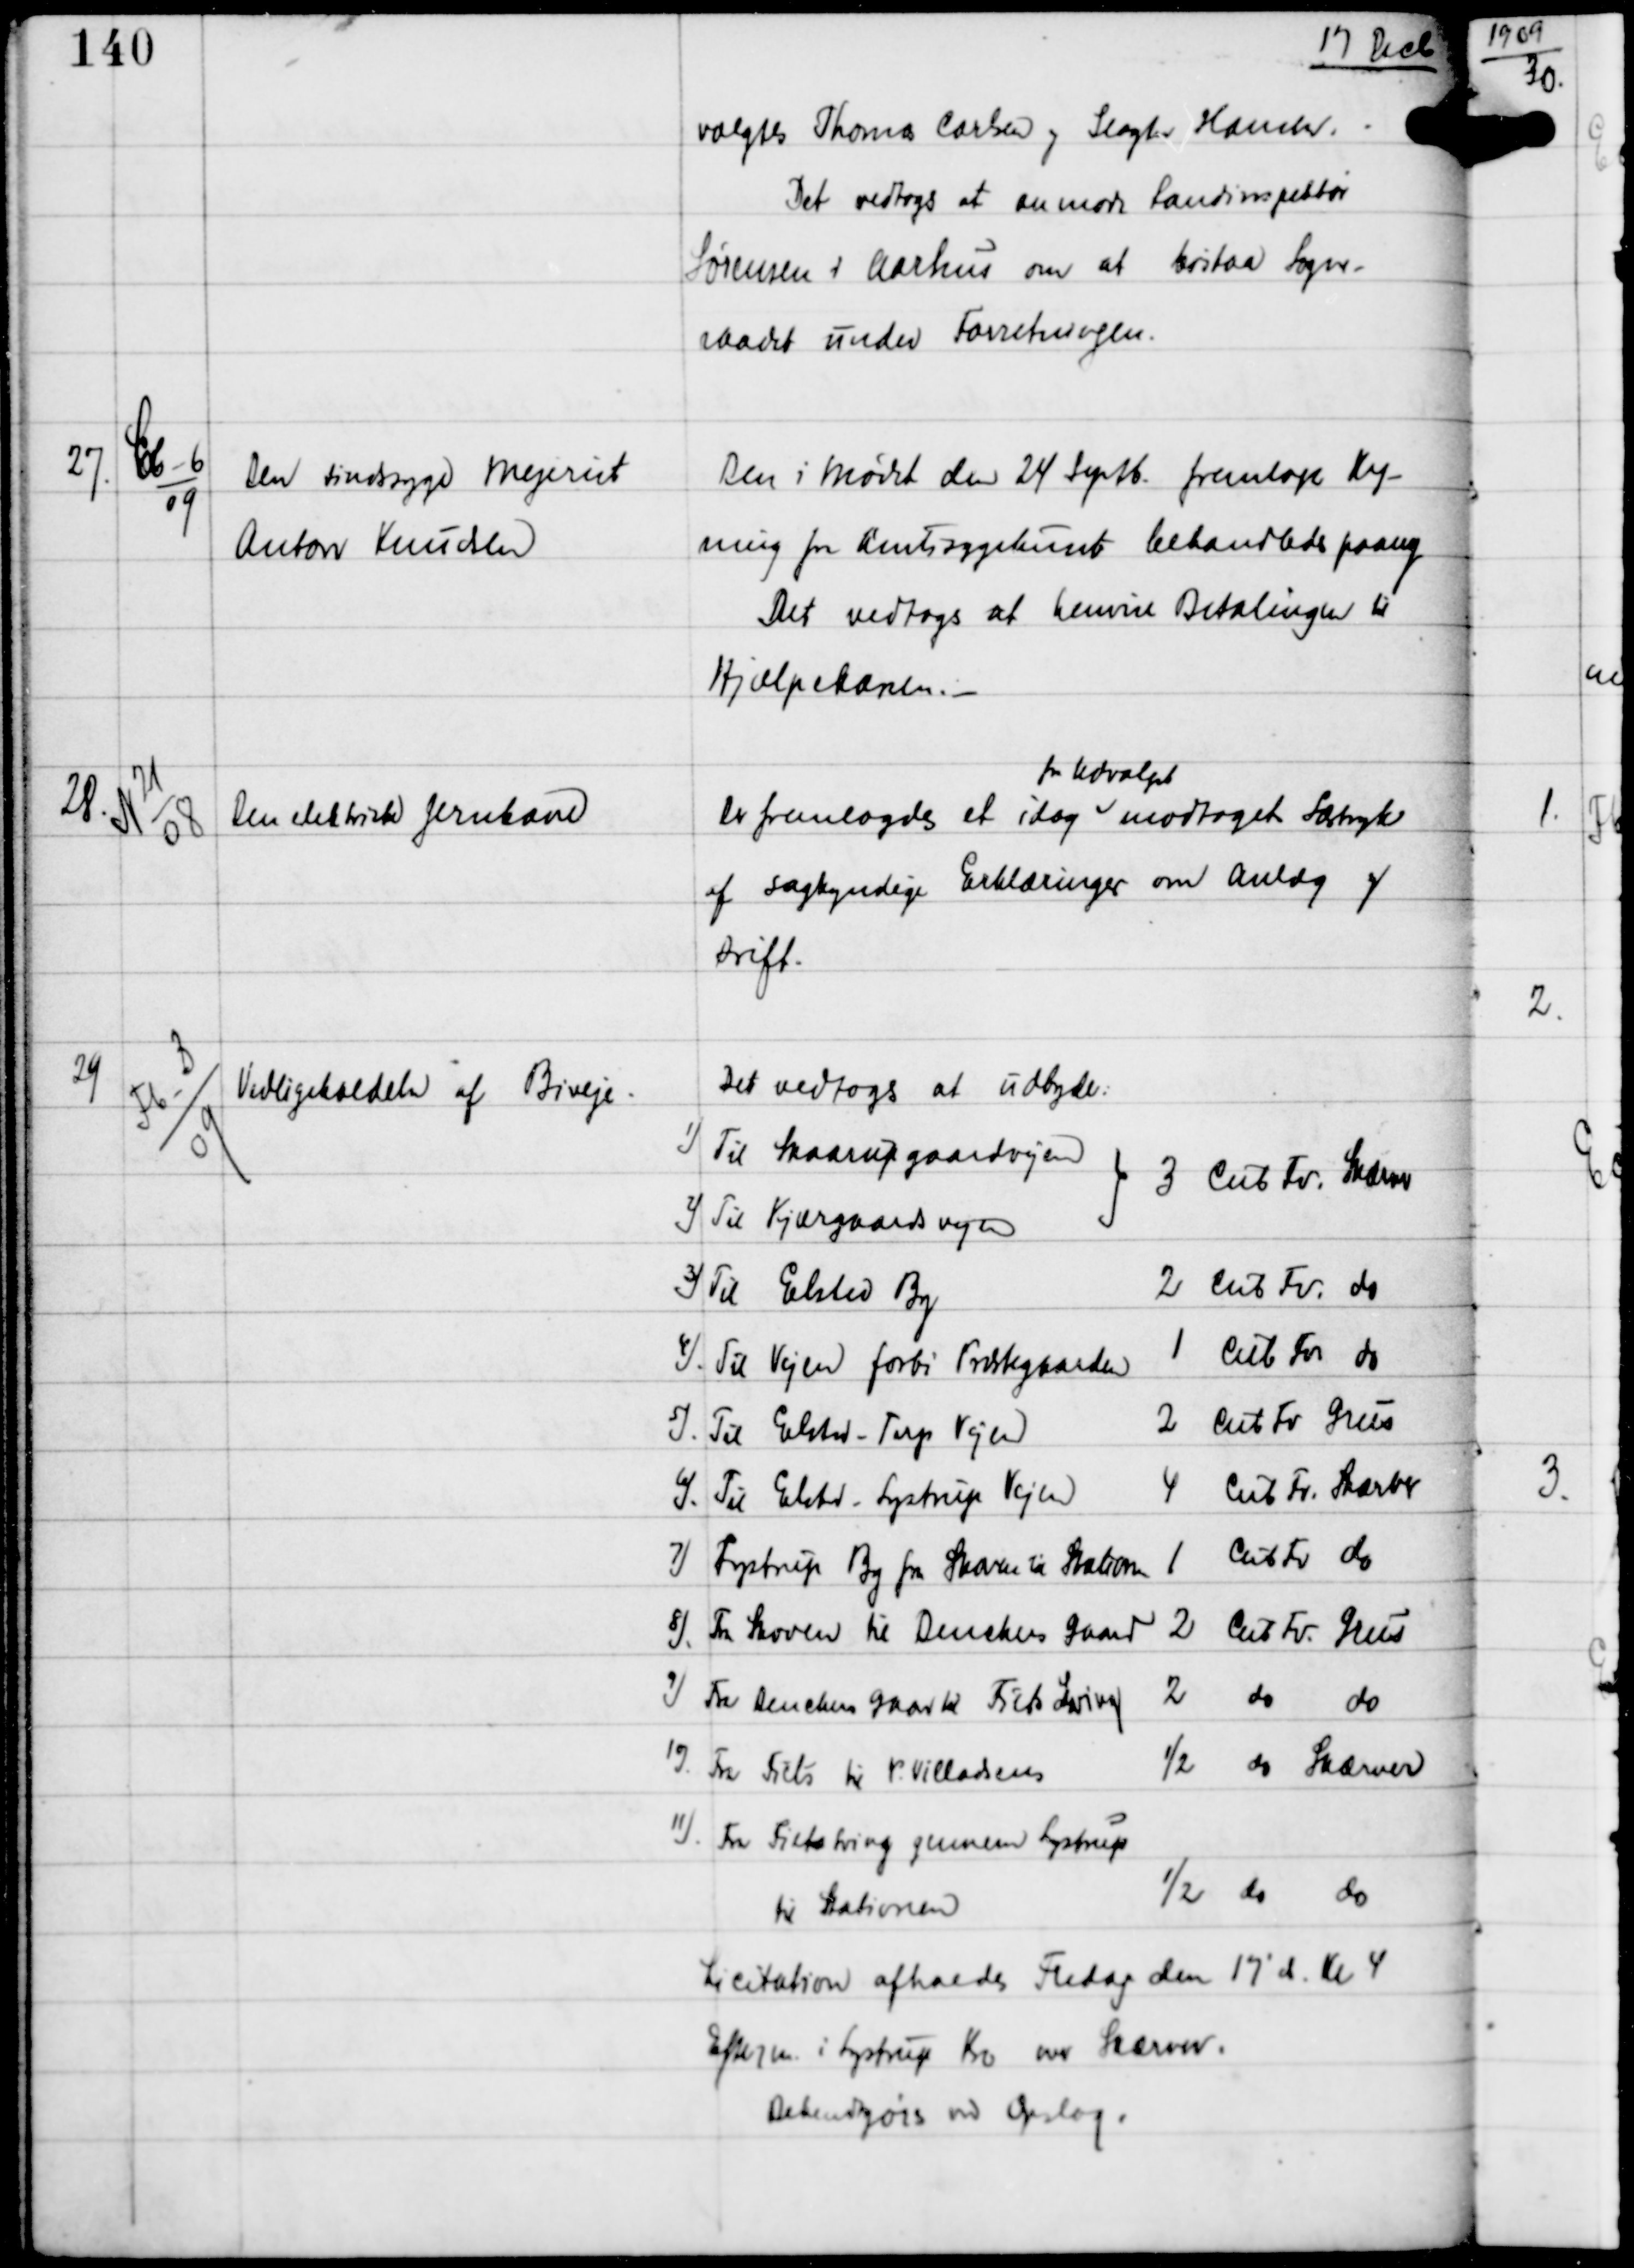
Transskription:
17 Decb

valgtes Thomas Carlsen og Slagter Hansen.
Det vedtoges at anmode Landinspektør
Sørensen i Aarhus om, at bistaa Sogne-
raadet under Forretningen.

27.

Cb-6
09

Den sindsyge Mejerist
Anton Knudsen

Den i Mødet den 24 Septb fremlagte Reg-
ning fra Amtssygehuset behandledes paany
Det vedtoges at henvise Betalingen til
Hjælpekassen. -

28.

N 21
08

Den elektriske Jernbane

Der fremlagdes et idag
fra Udvalget
modtaget Særtryk
af sagkyndige Erklæringer om Anlæg og
Drift.

29

Fb-3
09

Vedligeholdelse af Biveje.

Licitationen afholdes Fredag den 17' ds Kl 4
Efterm i Lystrup Kro over Skærver.
Bekendtgøres ved Opslag.